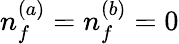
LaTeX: n_{f}^{(a)}=n_{f}^{(b)}=0